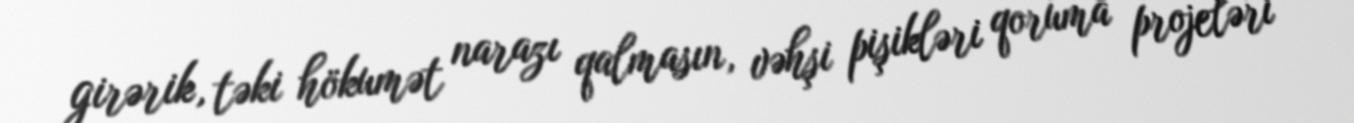
girərik, təki hökumət narazı qalmasın, vəhşi pişikləri qoruma projeləri